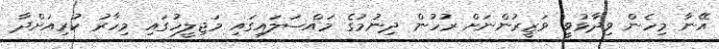
އޭނާ މިހެން ވިދާޅުވީ ވަޒީރުންނަށް ރުހުން ދިނުމުގެ މައްސަލައިގައި މަޖިލީހުގައި މިހާރު ކުރިއަށްދާ